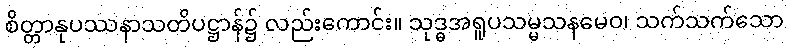
စိတ္တာနုပဿနာသတိပဋ္ဌာန်၌ လည်းကောင်း။ သုဒ္ဓအရူပသမ္မသနမေဝ၊ သက်သက်သော